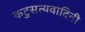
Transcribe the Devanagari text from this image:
कटुसत्यवादिनी